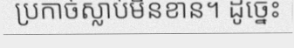
ប្រកាច់ស្លាប់មិនខាន។ ដូច្នេះ